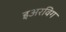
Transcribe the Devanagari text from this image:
इअरविग